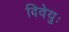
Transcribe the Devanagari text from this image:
दिवेयुः